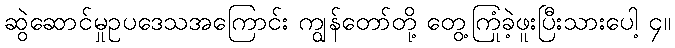
ဆွဲဆောင်မှုဥပဒေသအကြောင်း ကျွန်တော်တို့ တွေ့ကြုံခဲ့ဖူးပြီးသားပေါ့ ၄။